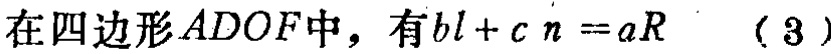
在四边形\(ADOF\)中，有\(bl + c n = aR\) （3）